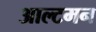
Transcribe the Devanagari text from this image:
आल्टमन